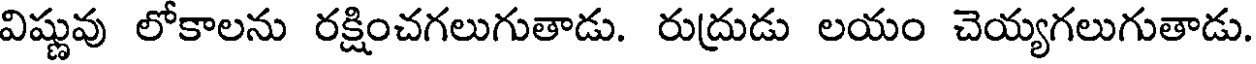
విష్ణువు లోకాలను రక్షించగలుగుతాడు. రుద్రుడు లయం చెయ్యగలుగుతాడు.